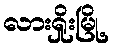
လားရှိုးမြို့